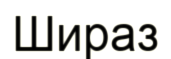
Шираз